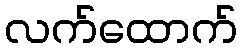
လက်ထောက်